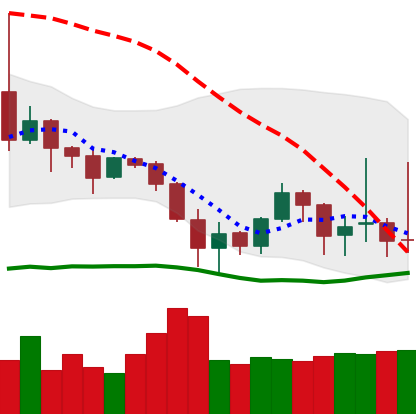
Ticker: DOGE-USD
Chart end date: 2019-08-25
Forward return: -6.762%
Label: down_5_7